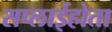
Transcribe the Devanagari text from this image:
सप्लाईहोता